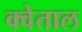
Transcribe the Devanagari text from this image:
क्वेताल